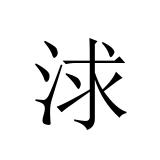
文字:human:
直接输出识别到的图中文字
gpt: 浗